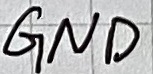
Text: GND